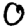
Digit: 0